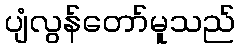
ပျံလွန်တော်မူသည်